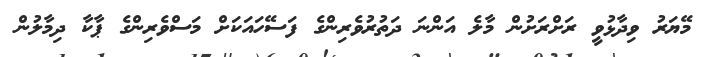
މޭޔަރު ވިދާޅުވީ ރަށްރަށުން މާލެ އަންނަ ދަތުރުވެރިންގެ ފަސޭހައަކަށް މަސްވެރިންގެ ޕާކާ ދިމާލުން